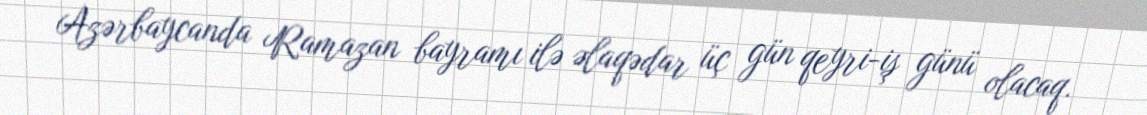
Azərbaycanda Ramazan bayramı ilə əlaqədar üç gün qeyri-iş günü olacaq.